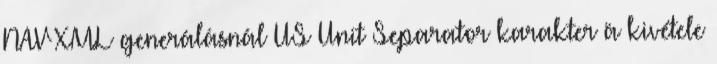
NAV XML generálásnál US Unit Separator karakter ä kivétele